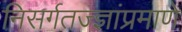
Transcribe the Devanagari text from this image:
निसर्गतज्ज्ञांप्रमाणे